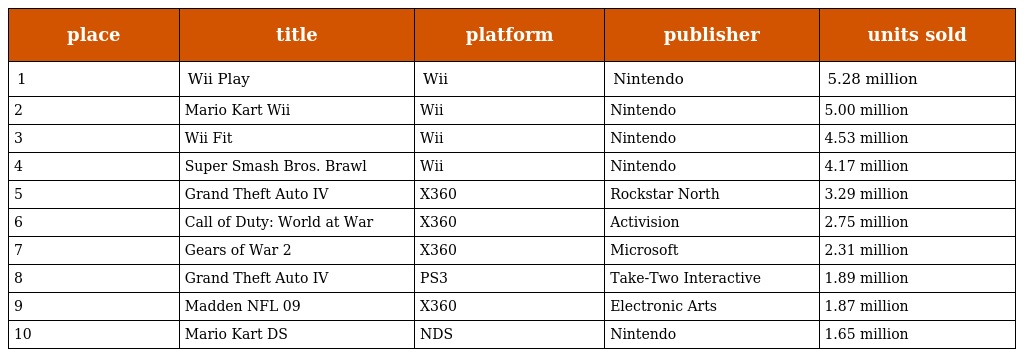
| place | title | platform | publisher | units sold |
 | --- | --- | --- | --- | --- |
 | 1 | Wii Play | Wii | Nintendo | 5.28 million |
 | 2 | Mario Kart Wii | Wii | Nintendo | 5.00 million |
 | 3 | Wii Fit | Wii | Nintendo | 4.53 million |
 | 4 | Super Smash Bros. Brawl | Wii | Nintendo | 4.17 million |
 | 5 | Grand Theft Auto IV | X360 | Rockstar North | 3.29 million |
 | 6 | Call of Duty: World at War | X360 | Activision | 2.75 million |
 | 7 | Gears of War 2 | X360 | Microsoft | 2.31 million |
 | 8 | Grand Theft Auto IV | PS3 | Take-Two Interactive | 1.89 million |
 | 9 | Madden NFL 09 | X360 | Electronic Arts | 1.87 million |
 | 10 | Mario Kart DS | NDS | Nintendo | 1.65 million |